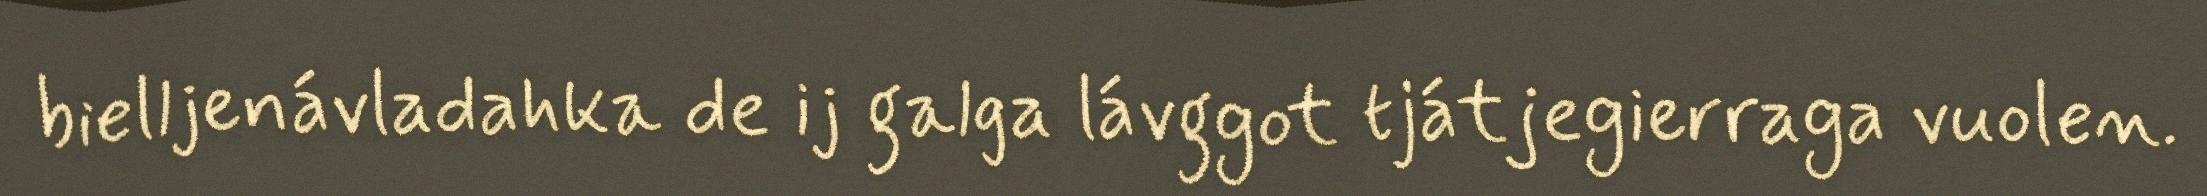
bielljenávladahka de ij galga lávggot tjátjegierraga vuolen.